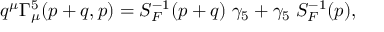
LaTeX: q ^ { \mu } \Gamma _ { \mu } ^ { 5 } ( p + q , p ) = S _ { F } ^ { - 1 } ( p + q ) \; \gamma _ { 5 } + \gamma _ { 5 } \; S _ { F } ^ { - 1 } ( p ) ,